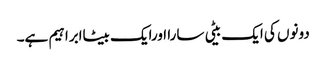
دونوں کی ایک بیٹی سارا اورایک بیٹاابراہیم ہے۔